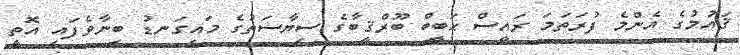
ޤައުމުގެ އެންމެ ފުރަތަމަ ރައީސް ޙަބީބް ބޫރްޤީބާގެ ސިޔާސަތުގެ މައިގަނޑު ބިނާވެފައި އޮތީ